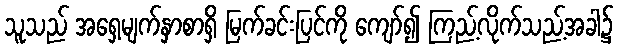
သူသည် အရှေ့မျက်နှာစာရှိ မြက်ခင်းပြင်ကို ကျော်၍ ကြည့်လိုက်သည့်အခါ၌